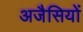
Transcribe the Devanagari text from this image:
अजैसियों